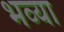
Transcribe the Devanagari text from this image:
भव्‍या